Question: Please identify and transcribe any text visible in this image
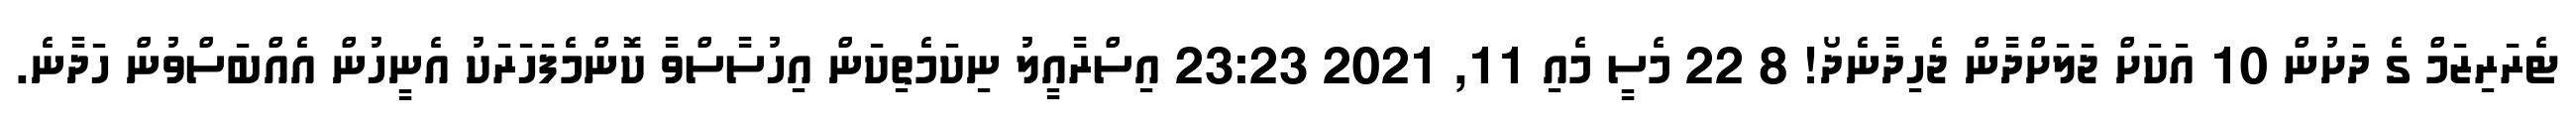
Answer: ޓެރަރިޒަމް ގެ ދަށުން 10 އަކަށް ޖަލަށްދާން ޖެހިދާނެދޯ! 8 22 މެސީ މެއި 11, 2021 23:23 އިސްރާއީލު ނިކަމެތިކަން އިހުސާސްވާ ކޮންމެފަހަރަކު އެނީހުން އެއްބަސްވުން ހަދާނެ.